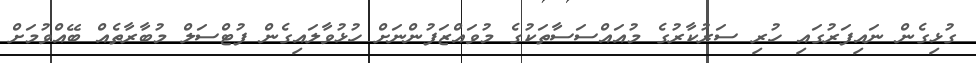
ގުޅިގެން ނައިފަރުގައި ހުރި ސަރުކާރުގެ މުއައްސަސާތަކުގެ މުވައްޒަފުންނަށް ހުޅުވާލައިގެން ފުޓްސަލް މުބާރާތެއް ބޭއްވުމަށް